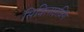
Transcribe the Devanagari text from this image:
सिविलाइज़िंग